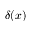
\delta ( x )